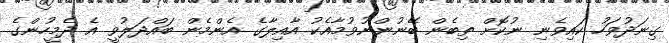
ގިނަދުވަހު ކައިވެނި ނުކޮށް ތިބެން ބޭނުންނުވުމާއެކު އާއިލާގެ އެންމެން ބައްދަލުވީ އެ ދެމީހުންގެ